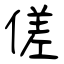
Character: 傞